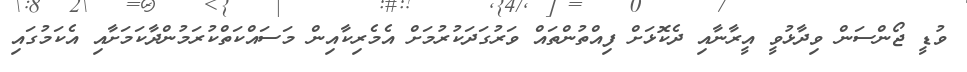
ވުޑީ ޖޯންސަން ވިދާޅުވީ އީރާނާއި ދެކޮޅަށް ފިއްތުންތައް ވަރުގަދަކުރުމަށް އެމެެރިކާއިން މަސައްކަތްކުރަމުންދާކަމަށާއި އެކަމުގައި